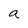
Character: a